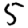
Digit: 5